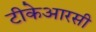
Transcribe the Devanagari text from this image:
टीकेआरसी